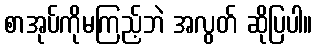
စာအုပ်ကိုမကြည့်ဘဲ အလွတ် ဆိုပြပါ။